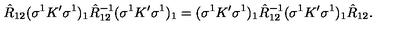
\hat { R } _ { 1 2 } ( \sigma ^ { 1 } K ^ { \prime } \sigma ^ { 1 } ) _ { 1 } \hat { R } _ { 1 2 } ^ { - 1 } ( \sigma ^ { 1 } K ^ { \prime } \sigma ^ { 1 } ) _ { 1 } = ( \sigma ^ { 1 } K ^ { \prime } \sigma ^ { 1 } ) _ { 1 } \hat { R } _ { 1 2 } ^ { - 1 } ( \sigma ^ { 1 } K ^ { \prime } \sigma ^ { 1 } ) _ { 1 } \hat { R } _ { 1 2 } .